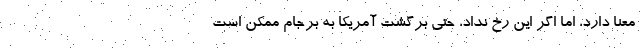
معنا دارد، اما اگر این رخ نداد، حتی برگشت آمریکا به برجام ممکن است